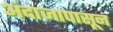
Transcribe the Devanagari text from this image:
अंदाजापासून